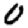
Digit: 0